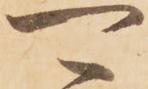
可